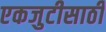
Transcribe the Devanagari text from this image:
एकजुटीसाठी